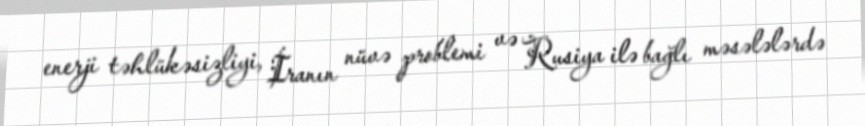
enerji təhlükəsizliyi, İranın nüvə problemi və Rusiya ilə bağlı məsələlərdə